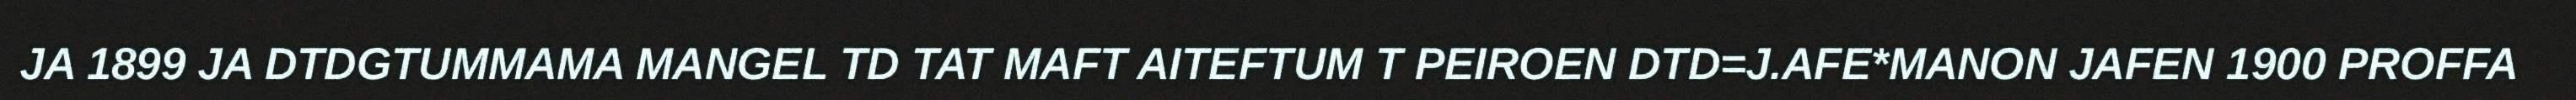
JA 1899 JA DTDGTUMMAMA MANGEL TD TAT MAFT AITEFTUM T PEIROEN DTD=J.AFE*MANON JAFEN 1900 PROFFA